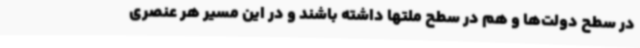
در سطح دولت‌ها و هم در سطح ملتها داشته باشند و در این مسیر هر عنصری